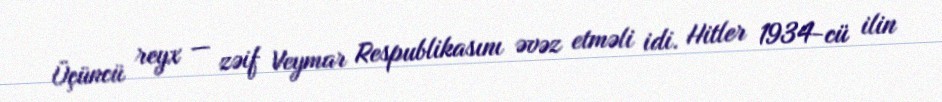
Üçüncü reyx — zəif Veymar Respublikasını əvəz etməli idi. Hitler 1934-cü ilin